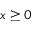
x \ge 0